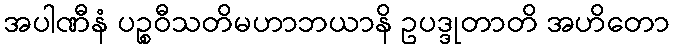
အပါဏီနံ ပဉ္စဝီသတိမဟာဘယာနိ ဥပဒ္ဒုတာတိ အဟိတော